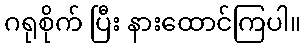
ဂရုစိုက် ပြီး နားထောင်ကြပါ။